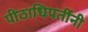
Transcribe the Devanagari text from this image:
पीठाधिपतींनी